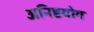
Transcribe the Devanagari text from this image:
अनिष्टयोग